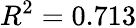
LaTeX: R^{2}=0.713